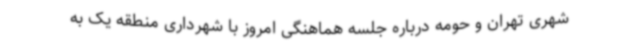
شهری تهران و حومه درباره جلسه هماهنگی امروز با شهرداری منطقه یک به